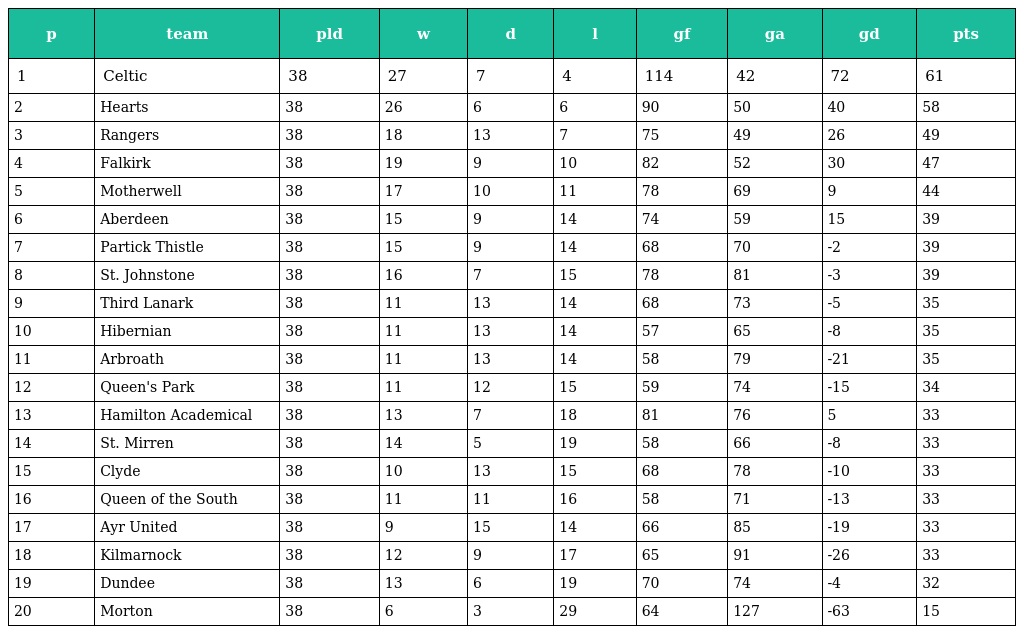
| p | team | pld | w | d | l | gf | ga | gd | pts |
 | --- | --- | --- | --- | --- | --- | --- | --- | --- | --- |
 | 1 | Celtic | 38 | 27 | 7 | 4 | 114 | 42 | 72 | 61 |
 | 2 | Hearts | 38 | 26 | 6 | 6 | 90 | 50 | 40 | 58 |
 | 3 | Rangers | 38 | 18 | 13 | 7 | 75 | 49 | 26 | 49 |
 | 4 | Falkirk | 38 | 19 | 9 | 10 | 82 | 52 | 30 | 47 |
 | 5 | Motherwell | 38 | 17 | 10 | 11 | 78 | 69 | 9 | 44 |
 | 6 | Aberdeen | 38 | 15 | 9 | 14 | 74 | 59 | 15 | 39 |
 | 7 | Partick Thistle | 38 | 15 | 9 | 14 | 68 | 70 | -2 | 39 |
 | 8 | St. Johnstone | 38 | 16 | 7 | 15 | 78 | 81 | -3 | 39 |
 | 9 | Third Lanark | 38 | 11 | 13 | 14 | 68 | 73 | -5 | 35 |
 | 10 | Hibernian | 38 | 11 | 13 | 14 | 57 | 65 | -8 | 35 |
 | 11 | Arbroath | 38 | 11 | 13 | 14 | 58 | 79 | -21 | 35 |
 | 12 | Queen's Park | 38 | 11 | 12 | 15 | 59 | 74 | -15 | 34 |
 | 13 | Hamilton Academical | 38 | 13 | 7 | 18 | 81 | 76 | 5 | 33 |
 | 14 | St. Mirren | 38 | 14 | 5 | 19 | 58 | 66 | -8 | 33 |
 | 15 | Clyde | 38 | 10 | 13 | 15 | 68 | 78 | -10 | 33 |
 | 16 | Queen of the South | 38 | 11 | 11 | 16 | 58 | 71 | -13 | 33 |
 | 17 | Ayr United | 38 | 9 | 15 | 14 | 66 | 85 | -19 | 33 |
 | 18 | Kilmarnock | 38 | 12 | 9 | 17 | 65 | 91 | -26 | 33 |
 | 19 | Dundee | 38 | 13 | 6 | 19 | 70 | 74 | -4 | 32 |
 | 20 | Morton | 38 | 6 | 3 | 29 | 64 | 127 | -63 | 15 |